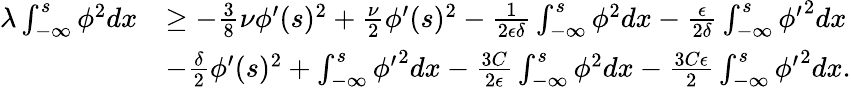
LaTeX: \begin{array}{rl}{\lambda\int_{-\infty}^{s}\phi^{2}dx}&{\ge-\frac{3}{8}\nu\phi^{\prime}(s)^{2}+\frac{\nu}{2}\phi^{\prime}(s)^{2}-\frac{1}{2\epsilon\delta}\int_{-\infty}^{s}\phi^{2}dx-\frac{\epsilon}{2\delta}\int_{-\infty}^{s}{\phi^{\prime}}^{2}dx}\\ &{-\frac{\delta}{2}\phi^{\prime}(s)^{2}+\int_{-\infty}^{s}{\phi^{\prime}}^{2}dx-\frac{3C}{2\epsilon}\int_{-\infty}^{s}\phi^{2}dx-\frac{3C\epsilon}{2}\int_{-\infty}^{s}{\phi^{\prime}}^{2}dx.}\end{array}